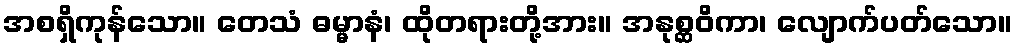
အစရှိကုန်သော။ တေသံ ဓမ္မာနံ၊ ထိုတရားတို့အား။ အနုစ္ဆဝိကာ၊ လျောက်ပတ်သော။